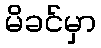
မိခင်မှာ